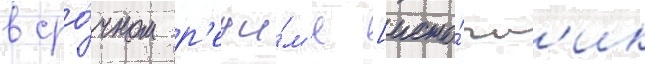
в сро́чном р'ежи́м'е [исто́чн'ик